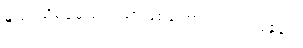
နူးညံ့သိမ်မွေ့သည်သာဖြစ်ကြောင်း ရှင်းပြခန်း။